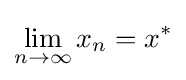
\lim _{n\to \infty }x_{n}=x^{*}